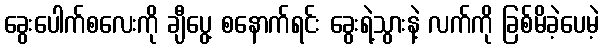
ခွေးပေါက်စလေးကို ချီပွေ့ စနောက်ရင်း ခွေးရဲ့သွားနဲ့ လက်ကို ခြစ်မိခဲ့ပေမဲ့